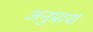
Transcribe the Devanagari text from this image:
अनुप्राश